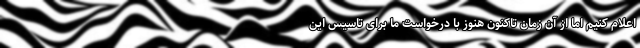
اعلام کنیم اما از آن زمان تاکنون هنوز با درخواست ما برای تاسیس این